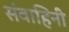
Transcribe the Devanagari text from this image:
संवाहिनी